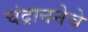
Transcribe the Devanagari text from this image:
चंद्राननेचे